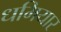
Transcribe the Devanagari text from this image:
धमियार